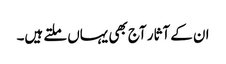
ان کے آثار آج بھی یہاں ملتے ہیں۔